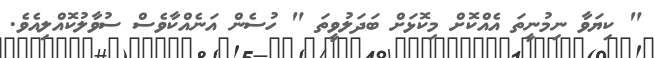
" ކިޔަވާ ނިމުނީތަ އެއްކޮށް މިކޮޅަށް ބަދަލުވީތަ " ހުސެން އަނެއްކާވެސް ސުވާލުކޮއްލިއެވެ.